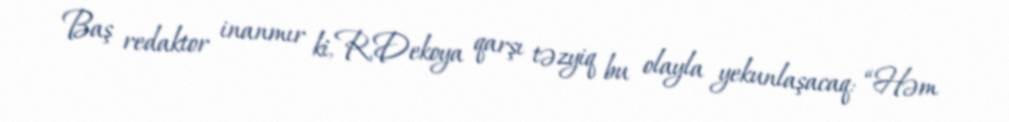
Baş redaktor inanmır ki, R.Dekoya qarşı təzyiq bu olayla yekunlaşacaq: “Həm